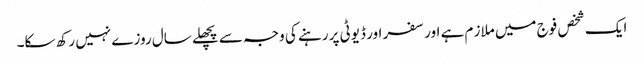
ایک شخص فوج میں ملاز م ہے اور سفر اور ڈیوٹی پر رہنے کی وجہ سے پچھلے سال روزے نہیں رکھ سکا۔